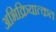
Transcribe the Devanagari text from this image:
अभिक्रियात्कत